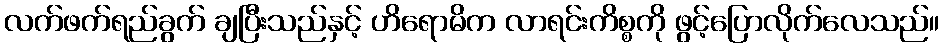
လက်ဖက်ရည်ခွက် ချပြီးသည်နှင့် ဟိရောမိက လာရင်းကိစ္စကို ဖွင့်ပြောလိုက်လေသည်။